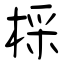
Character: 棌